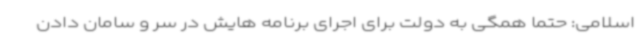
اسلامی: حتما همگی به دولت برای اجرای برنامه هایش در سر و سامان دادن